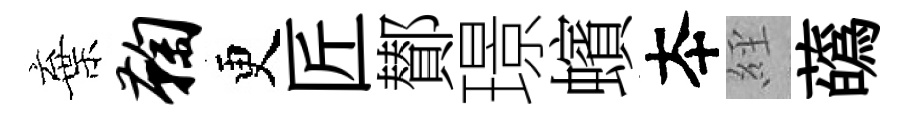
棄鞠更匠鄼璟蠙夲𦀇蘤